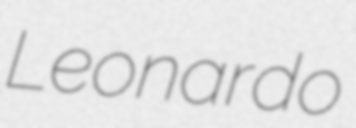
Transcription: Leonardo